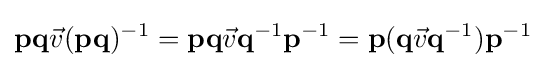
\mathbf {pq} {\vec {v}}(\mathbf {pq} )^{-1}=\mathbf {pq} {\vec {v}}\mathbf {q} ^{-1}\mathbf {p} ^{-1}=\mathbf {p} (\mathbf {q} {\vec {v}}\mathbf {q} ^{-1})\mathbf {p} ^{-1}